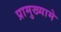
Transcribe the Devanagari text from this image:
प्रामुख्यामे